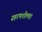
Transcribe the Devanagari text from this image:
ग्रहरणशीलता